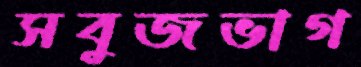
সবুজভাগ